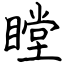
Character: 瞠